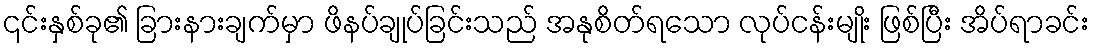
၎င်းနှစ်ခု၏ ခြားနားချက်မှာ ဖိနပ်ချုပ်ခြင်းသည် အနုစိတ်ရသော လုပ်ငန်းမျိုး ဖြစ်ပြီး အိပ်ရာခင်း